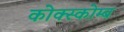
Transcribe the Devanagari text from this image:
कोक्स्कोम्ब